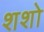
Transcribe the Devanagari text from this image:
शशो